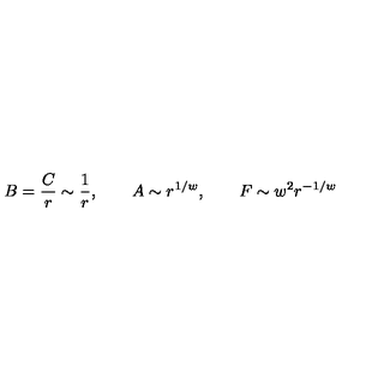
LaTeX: B = \frac { C } { r } \sim \frac { 1 } { r } , \qquad A \sim r ^ { 1 / w } , \qquad F \sim w ^ { 2 } r ^ { - 1 / w } \,